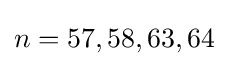
n=57,58,63,64